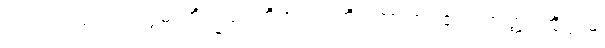
ဘဂဝါ၊ သည်။ ဣဓ ဘိက္ခဝေတိအာဒိံ၊ ကို။ အာဟ၊ ၏။ တတ္ထ၊ ထိုဣဓ